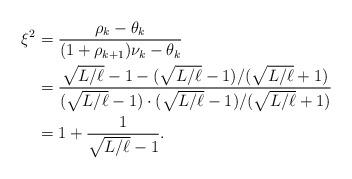
LaTeX: \begin{align*}\xi^2 &= \frac{\rho_k-\theta_k}{(1+\rho_{k+1})\nu_k-\theta_k} \\&=\frac{\sqrt{L/\ell}-1-(\sqrt{L/\ell}-1)/(\sqrt{L/\ell}+1)}{(\sqrt{L/\ell}-1)\cdot(\sqrt{L/\ell}-1)/(\sqrt{L/\ell}+1)} \\&=1+\frac{1}{\sqrt{L/\ell}-1}. \end{align*}